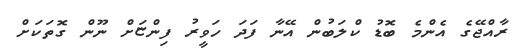
ރާއްޖޭގެ އެންމެ ބޮޑު ކްލަބުން އޭނާ ފަދަ ހަވީރު ފިންޏަށް ނޫން ގޮތަކަށް